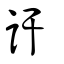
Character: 訐